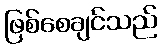
ဖြစ်စေချင်သည်